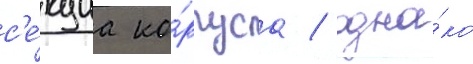
с'е́кциа ко́рпуса / одна́ко